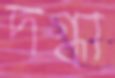
দগ্ধা